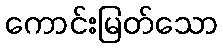
ကောင်းမြတ်သော